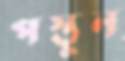
পস্তুন